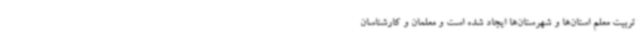
تربیت معلم استان‌ها و شهرستان‌ها ایجاد شده است و معلمان و کارشناسان